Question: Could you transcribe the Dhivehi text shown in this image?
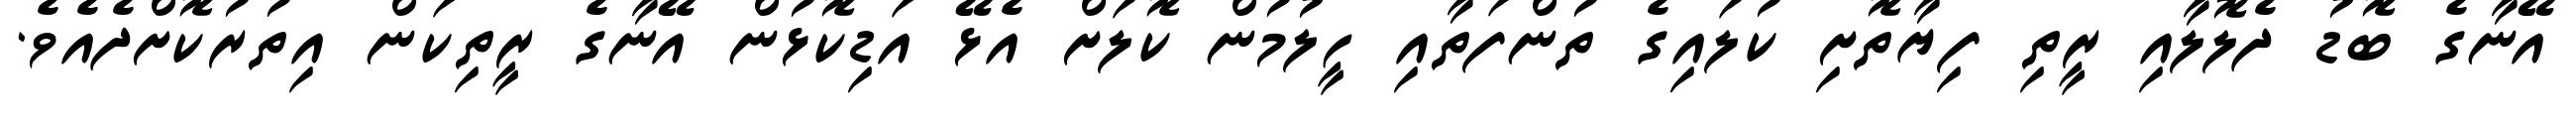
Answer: އޭނާގެ ބޮޑު ދެލޮލާއި ރީތި ފިޔާތޮށި ކުލައިގެ ތުންފަތާއި ހީލުމުން ކޮލަށް އެޅޭ އަޑިކޮޅުން އޭނާގެ ރީތިކަން އިތުރުކޮށްދެއެވެ.